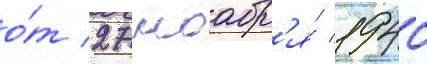
о́т 27 ноабр'я́ 1940